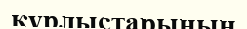
құрлыстарының